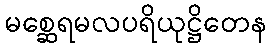
မစ္ဆေရမလပရိယုဋ္ဌိတေန